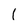
Character: I